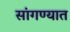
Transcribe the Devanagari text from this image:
सांगण्‍यात